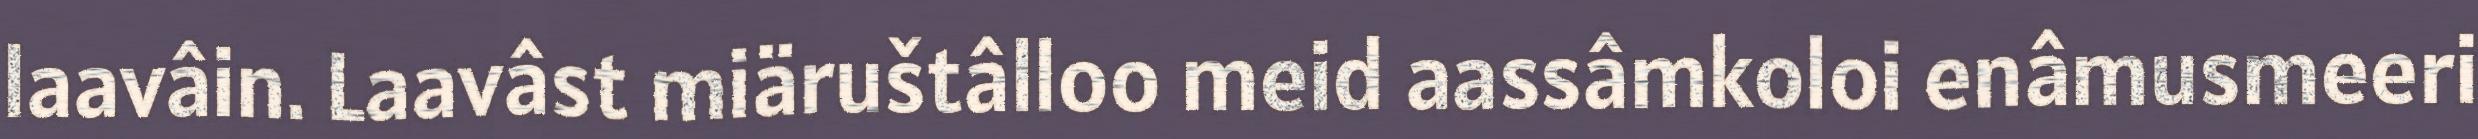
laavâin. Laavâst miäruštâlloo meid aassâmkoloi enâmusmeeri